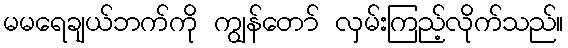
မမရေချယ်ဘက်ကို ကျွန်တော် လှမ်းကြည့်လိုက်သည်။